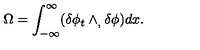
\Omega = \int _ { - \infty } \sp { \infty } ( \delta \phi _ { t } \wedge _ { , } \delta \phi ) d x .